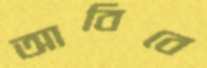
আবিবে